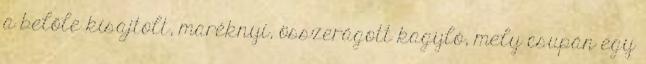
a belőle kisajtolt, maréknyi, összerágott kagyló, mely csupán egy